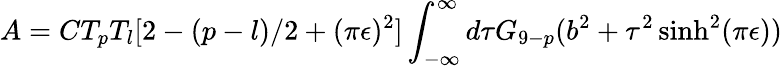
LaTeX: A=CT_{p}T_{l}[2-(p-l)/2+(\pi\epsilon)^{2}]\int_{-\infty}^{\infty}d\tau G_{9-p}(b^{2}+\tau^{2}\sinh^{2}(\pi\epsilon))